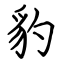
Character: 豹